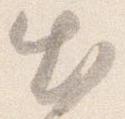
出